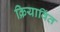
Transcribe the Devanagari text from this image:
क्रियाविंत